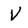
Character: V